65_HS1-834228961_62-HQ-83894_Section_2
Agency: FBI
Page 27
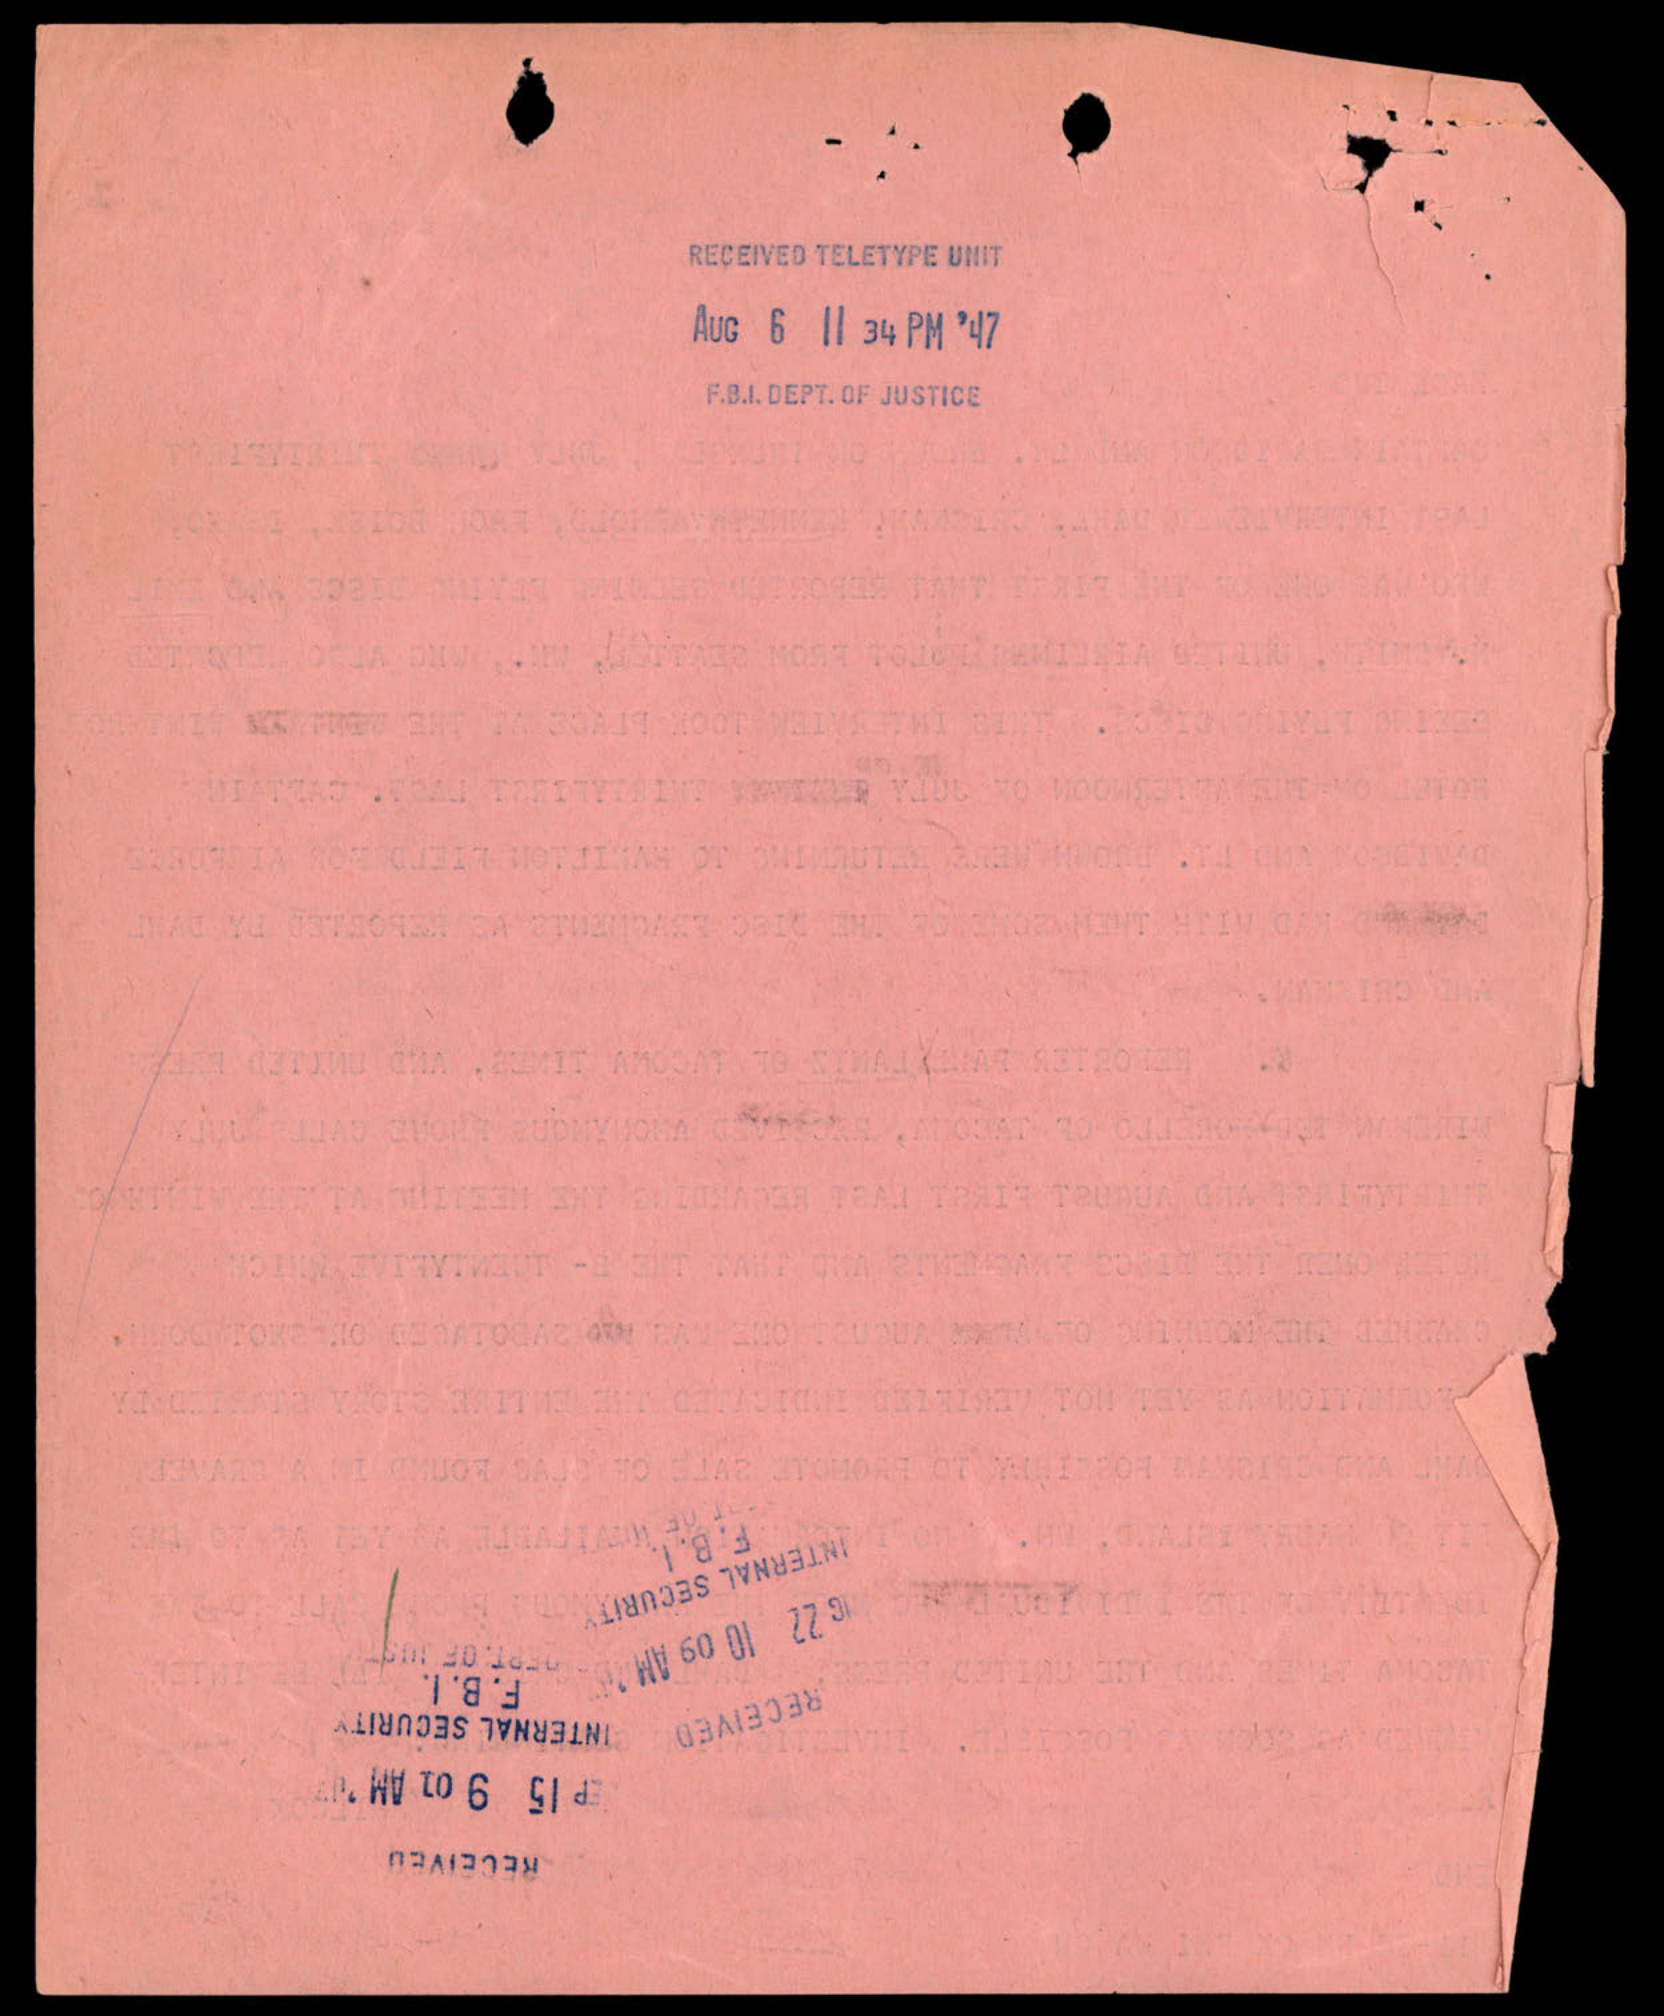